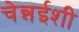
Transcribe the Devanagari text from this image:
चेन्नईशी